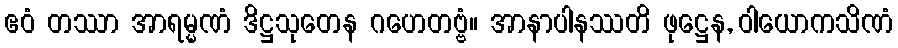
ဧဝံ တဿာ အာရမ္မဏံ ဒိဋ္ဌသုတေန ဂဟေတဗ္ဗံ။ အာနာပါနဿတိ ဖုဋ္ဌေန, ဝါယောကသိဏံ